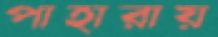
পাহারায়